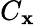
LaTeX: C_{\mathbf{x}}